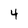
Character: 4